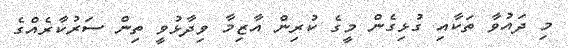
މި ދައުވާ ތަކާއި ގުޅިގެން މީގެ ކުރިން އާޒިމާ ވިދާޅުވީ ތިން ސަރުކާރެއްގެ